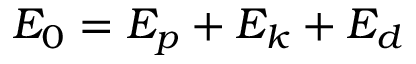
E _ { 0 } = E _ { p } + E _ { k } + E _ { d }